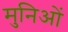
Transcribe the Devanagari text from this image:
मुनिओं